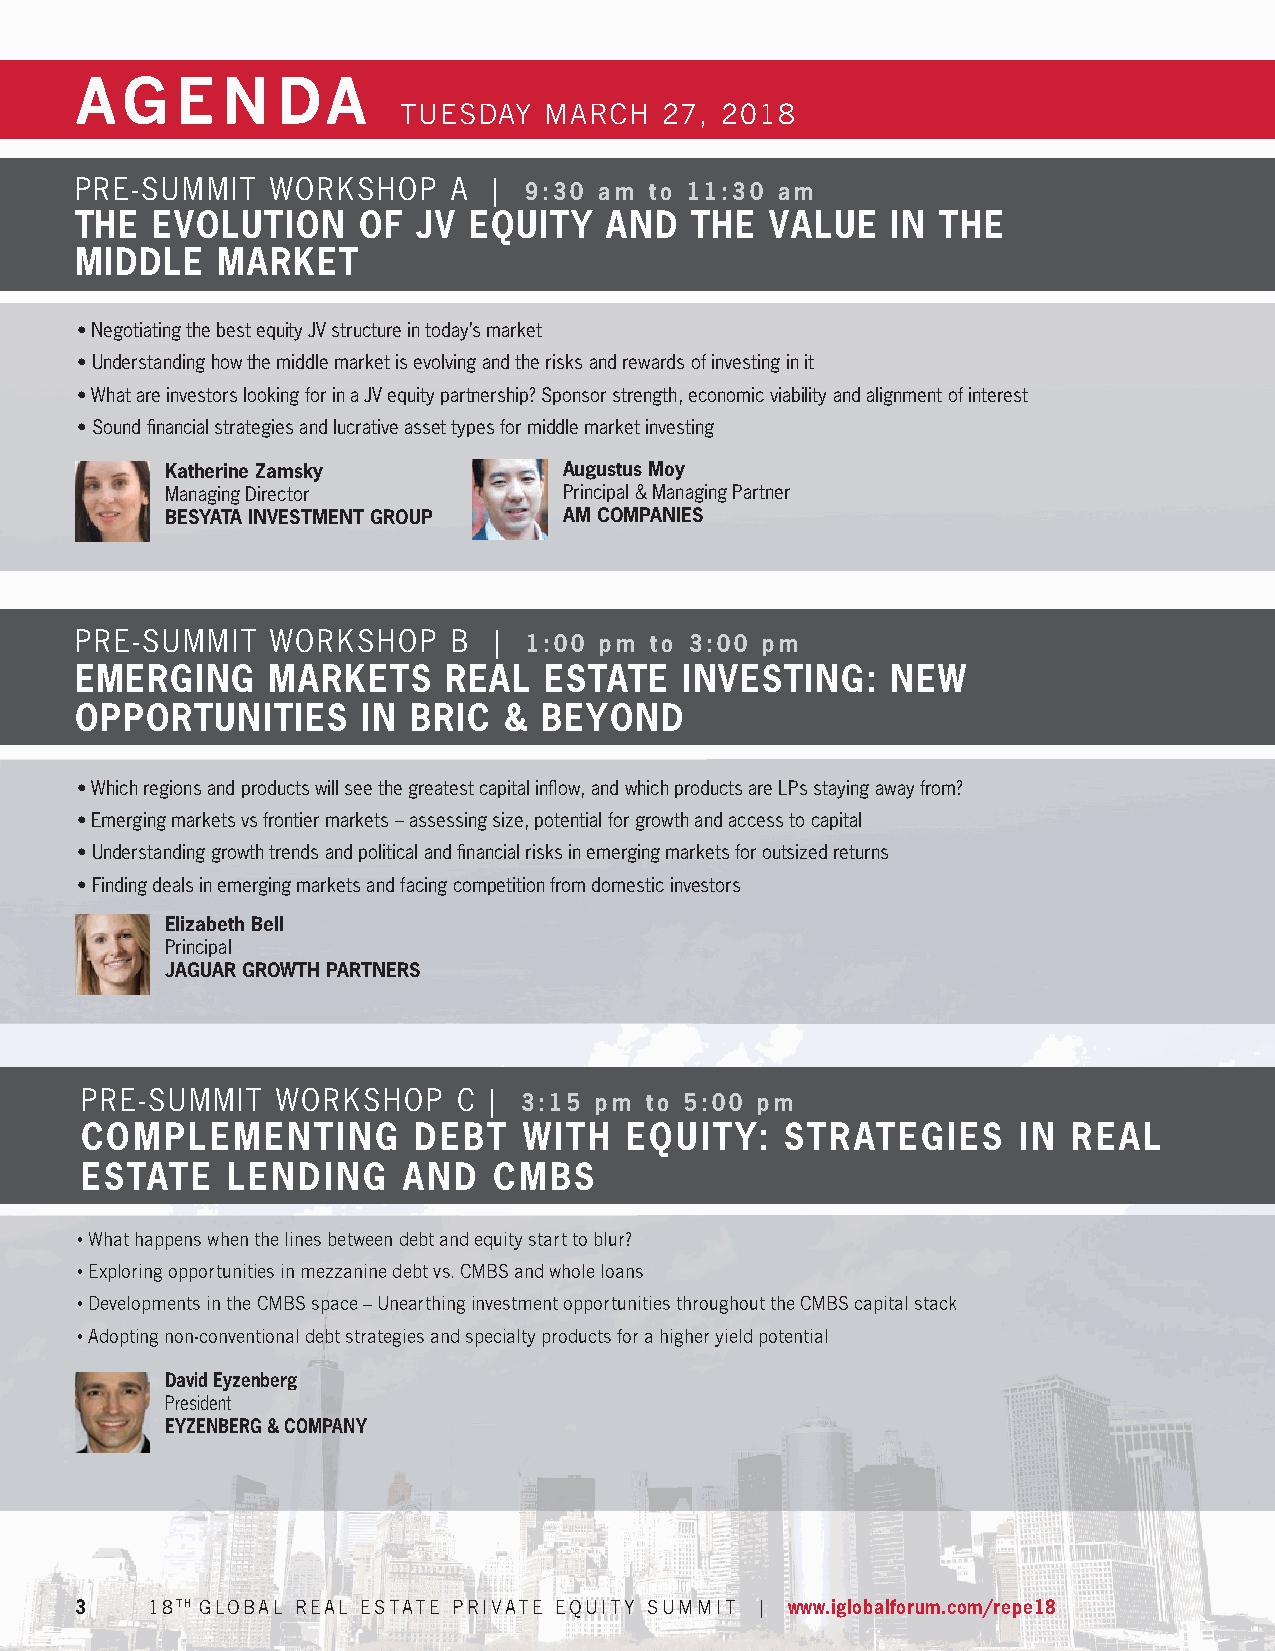
AG     E  N  DA
 TUESDAY   MARCH   27, 2018
 PRE-SUMMIT   WORKSHOP    A  | 9:30 am to 11:30 am
 THE  EVOLUTION     OF  JV EQUITY   AND   THE  VALUE   IN THE
 MIDDLE   MARKET
 • Negotiating the best equity JV structure in today’s market
 • Understanding how the middle market is evolving and the risks and rewards of investing in it
 • What are investors looking for in a JV equity partnership? Sponsor strength, economic viability and alignment of interest
 • Sound fi nancial strategies and lucrative asset types for middle market investing
 Katherine Zamsky          Augustus Moy
 Managing Director         Principal & Managing Partner
 BESYATA INVESTMENT GROUP  AM COMPANIES
 PRE-SUMMIT   WORKSHOP    B  | 1:00 pm to 3:00 pm
 EMERGING     MARKETS    REAL   ESTATE   INVESTING:    NEW
 OPPORTUNITIES      IN BRIC  &  BEYOND
 • Which regions and products will see the greatest capital infl ow, and which products are LPs staying away from?
 • Emerging markets vs frontier markets – assessing size, potential for growth and access to capital
 • Understanding growth trends and political and fi nancial risks in emerging markets for outsized returns
 • Finding deals in emerging markets and facing competition from domestic investors
 Elizabeth Bell
 Principal
 JAGUAR GROWTH PARTNERS
 PRE-SUMMIT   WORKSHOP    C |  3:15 pm to 5:00 pm
 COMPLEMENTING         DEBT    WITH  EQUITY:    STRATEGIES     IN  REAL
 ESTATE    LENDING     AND   CMBS
 •
 • What happens when the lines between debt and equity start to blur?
 • Exploring opportunities in mezzanine debt vs. CMBS and whole loans
 • Developments in the CMBS space – Unearthing investment opportunities throughout the CMBS capital stack
 • Adopting non-conventional debt strategies and specialty products for a higher yield potential
 David Eyzenberg
 President
 EYZENBERG & COMPANY
 3    18TH GLOBAL REAL ESTATE PRIVATE EQUITY SUMMIT | www.iglobalforum.com/repe18